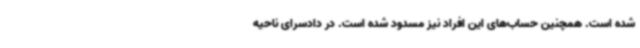
شده است. همچنین حساب‌های این افراد نیز مسدود شده است. در دادسرای ناحیه